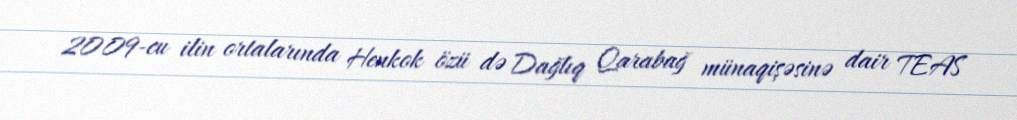
2009-cu ilin ortalarında Henkok özü də Dağlıq Qarabağ münaqişəsinə dair TEAS